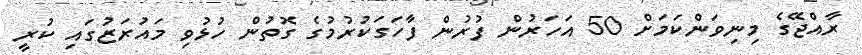
ރާއްޖޭގެ މިނިވަންކަމަށް 50 އަހަރުން ފުރުން ފާހަގަކުރުމުގެ ގޮތުން ހުޅުވި މައުރަޒުގައި ކުރީ